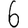
Digit: 6